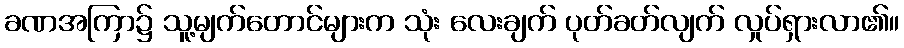
ခဏအကြာ၌ သူ့မျက်တောင်များက သုံး လေးချက် ပုတ်ခတ်လျက် လှုပ်ရှားလာ၏။